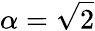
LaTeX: \alpha=\sqrt{2}